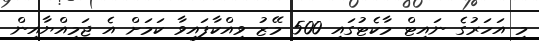
މި އަހަރުގެ ނައިޓް މާކެޓުގައި 500 މޭޒު ވިއްކާފައިވާ ކަމަށް އެ ޖަމިއްޔާއިން